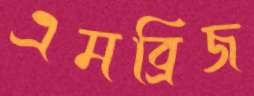
এমব্রিজ